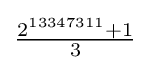
{\tfrac {2^{13347311}+1}{3}}